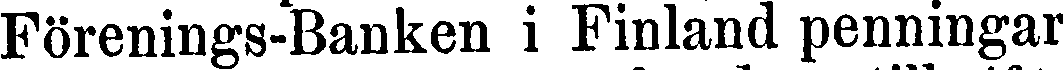
Förenings-Banken i Finland penningar